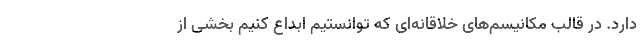
دارد. در قالب مکانیسم‌های خلاقانه‌ای که توانستیم ابداع کنیم بخشی از